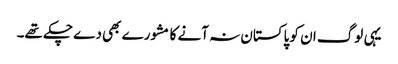
یہی لوگ ان کو پاکستان نہ آنے کا مشورے بھی دے چکے تھے۔